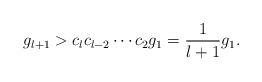
LaTeX: \begin{align*}g_{\l+1} > c_{\l} c_{\l-2} \cdots c_2 g_1 = \frac{1}{l+1} g_1.\end{align*}